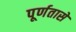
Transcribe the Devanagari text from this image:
पूर्णतासे